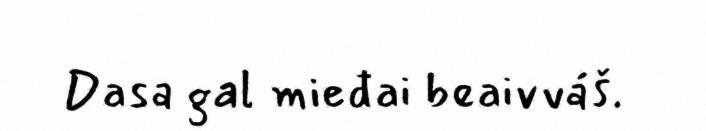
Dasa gal mieđai beaivváš.